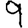
Digit: 9